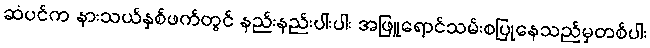
ဆံပင်က နားသယ်နှစ်ဖက်တွင် နည်းနည်းပါးပါး အဖြူရောင်သမ်းစပြုနေသည်မှတစ်ပါး